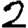
Digit: 2